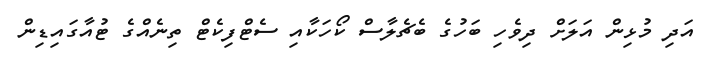
އަދި މުޅިން އަލަށް ދިވެހި ބަހުގެ ބެޗެލާސް ކޯހަކާއި ސެޓްފިކެޓް ތިނެއްގެ ޓުއާގައިޑިން